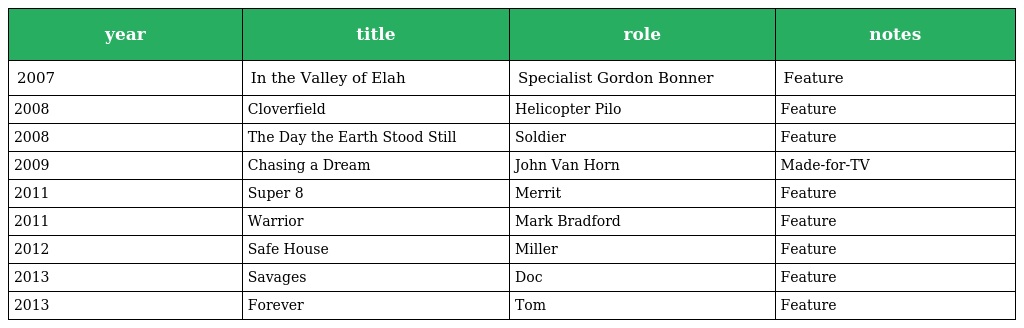
| year | title | role | notes |
 | --- | --- | --- | --- |
 | 2007 | In the Valley of Elah | Specialist Gordon Bonner | Feature |
 | 2008 | Cloverfield | Helicopter Pilo | Feature |
 | 2008 | The Day the Earth Stood Still | Soldier | Feature |
 | 2009 | Chasing a Dream | John Van Horn | Made-for-TV |
 | 2011 | Super 8 | Merrit | Feature |
 | 2011 | Warrior | Mark Bradford | Feature |
 | 2012 | Safe House | Miller | Feature |
 | 2013 | Savages | Doc | Feature |
 | 2013 | Forever | Tom | Feature |